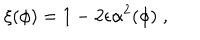
\xi ( \phi ) = 1 - 2 \epsilon \alpha ^ { 2 } ( \phi ) \; ,